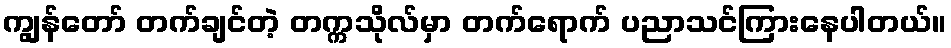
ကျွန်တော် တက်ချင်တဲ့ တက္ကသိုလ်မှာ တက်ရောက် ပညာသင်ကြားနေပါတယ်။